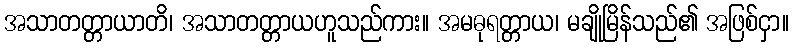
အသာတတ္တာယာတိ၊ အသာတတ္တာယဟူသည်ကား။ အမဓုရတ္တာယ၊ မချိုမြိန်သည်၏ အဖြစ်ငှာ။